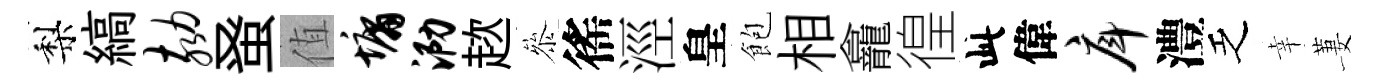
梨縞劾𫊫值墉泐趑叅徭涇皇飽相龕徨此偉戽澧乏幸萋